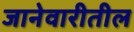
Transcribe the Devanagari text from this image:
जानेवारीतील